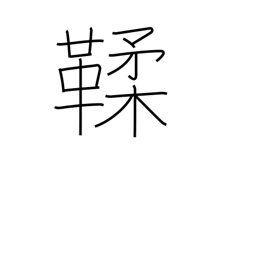
Meaning: tanned leather